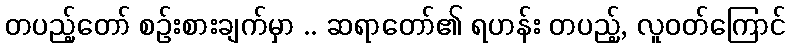
တပည့်တော် စဉ်းစားချက်မှာ .. ဆရာတော်၏ ရဟန်း တပည့်, လူဝတ်ကြောင်